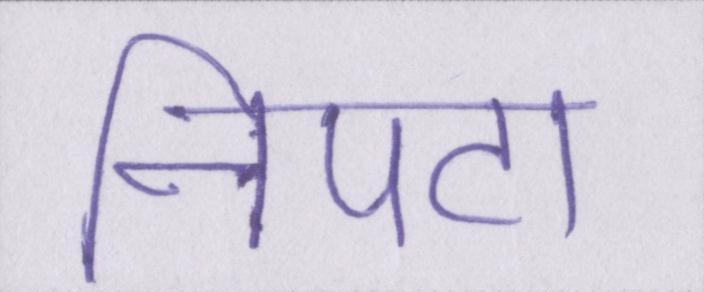
निपटा